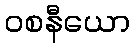
ဝစနီယော